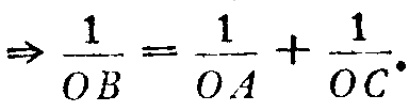
$\Rightarrow \frac{1}{OB}=\frac{1}{OA}+\frac{1}{OC}.$